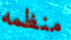
منظمه